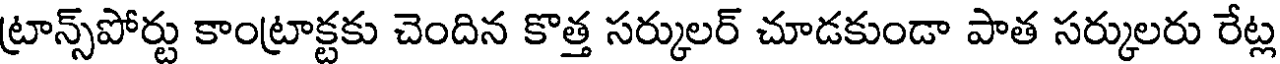
ట్రాన్స్పోర్టు కాంట్రాక్టకు చెందిన కొత్త సర్కులర్ చూడకుండా పాత సర్కులరు రేట్ల